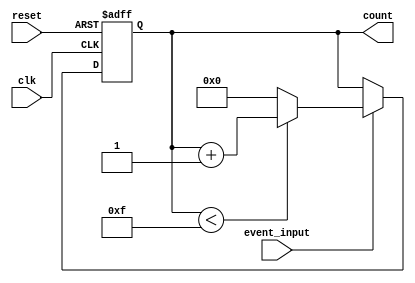
module event_counter (
    input wire clk,              // Clock signal
    input wire reset,            // Reset signal
    input wire event_input,      // Event signal to trigger counting
    output reg [3:0] count       // 4-bit counter output (0 to 15)
);

    // Synchronous process for counting
    always @(posedge clk or posedge reset) begin
        if (reset) begin
            // Reset the counter to zero
            count <= 4'b0000;
        end else if (event_input) begin
            // Increment the counter on event input
            if (count < 4'b1111) begin
                count <= count + 1;
            end else begin
                // Optional: Roll over to zero after reaching max count
                count <= 4'b0000;
            end
        end
    end

endmodule